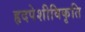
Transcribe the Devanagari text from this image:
हृदपेशीविकृति